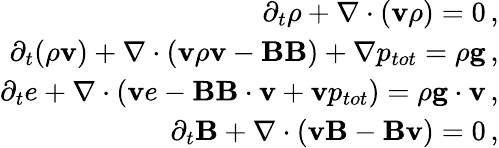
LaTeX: \begin{array}{r}{\partial_{t}\rho+\nabla\cdot(\textbf{v}\rho)=0\, ,}\\ {\partial_{t}(\rho\textbf{v})+\nabla\cdot(\textbf{v}\rho\textbf{v}-\textbf{BB})+\nabla p_{tot}=\rho\textbf{g}\, ,}\\ {\partial_{t}e+\nabla\cdot(\textbf{v}e-\textbf{BB}\cdot\textbf{v}+\textbf{v}p_{tot})=\rho\textbf{g}\cdot\textbf{v}\, ,}\\ {\partial_{t}\textbf{B}+\nabla\cdot(\textbf{vB}-\textbf{Bv})=0\, ,}\end{array}